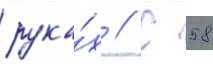
рука́х // С 58